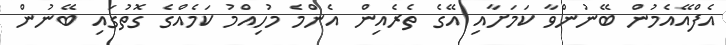
އެފްއޭއެމުން ބޭނުންވާ ކަމަށާއި އޭގެ ތެރެއިން އެންމެ މުހިއްމު ކަމެއްގެ ގޮތުގައި ބޭނުން